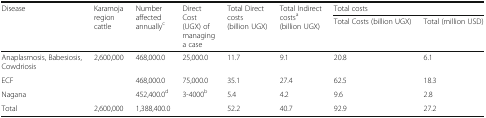
<table><thead><tr><td rowspan="2"><b>Disease</b></td><td rowspan="2"><b>Karamoja region cattle</b></td><td rowspan="2"><b>Number affected annually<sup>c</sup></b></td><td rowspan="2"><b>Direct Cost (UGX) of managing a case</b></td><td rowspan="2"><b>Total Direct costs (billion UGX)</b></td><td rowspan="2"><b>Total Indirect costs<sup>a</sup> (billion UGX)</b></td><td colspan="2"><b>Total costs</b></td></tr><tr><td><b>Total Costs (billion UGX)</b></td><td><b>Total (million USD)</b></td></tr></thead><tbody><tr><td>Anaplasmosis, Babesiosis, Cowdriosis</td><td rowspan="3">2,600,000</td><td>468,000.0</td><td>25,000.0</td><td>11.7</td><td>9.1</td><td>20.8</td><td>6.1</td></tr><tr><td>ECF</td><td>468,000.0</td><td>75,000.0</td><td>35.1</td><td>27.4</td><td>62.5</td><td>18.3</td></tr><tr><td>Nagana</td><td>452,400.0<sup>d</sup></td><td>3-4000<sup>b</sup></td><td>5.4</td><td>4.2</td><td>9.6</td><td>2.8</td></tr><tr><td>Total</td><td>2,600,000</td><td>1,388,400.0</td><td></td><td>52.2</td><td>40.7</td><td>92.9</td><td>27.2</td></tr></tbody></table>